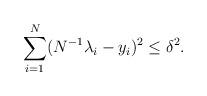
LaTeX: \begin{align*}\sum_{i=1}^N (N^{-1}\lambda_i-y_i)^2 \le \delta^2. \end{align*}